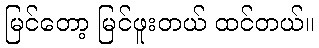
မြင်တော့ မြင်ဖူးတယ် ထင်တယ်။